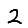
Digit: 2